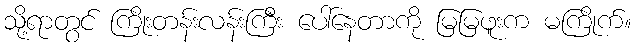
သို့ရာတွင် ကြိုးတန်းလန်းကြီး ပေါ်နေတာကို မြမြဖူးက မကြိုက်။